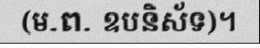
(ម.ព. ឧបនិស័ទ)។